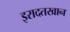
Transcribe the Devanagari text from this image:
इरादतखान